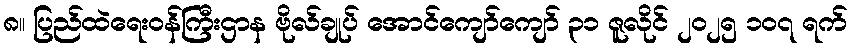
၈။ ပြည်ထဲရေးဝန်ကြီးဌာန ဗိုလ်ချုပ် အောင်ကျော်ကျော် ၃၁ ဇူလိုင် ၂၀၂၅ ၁၀၇ ရက်